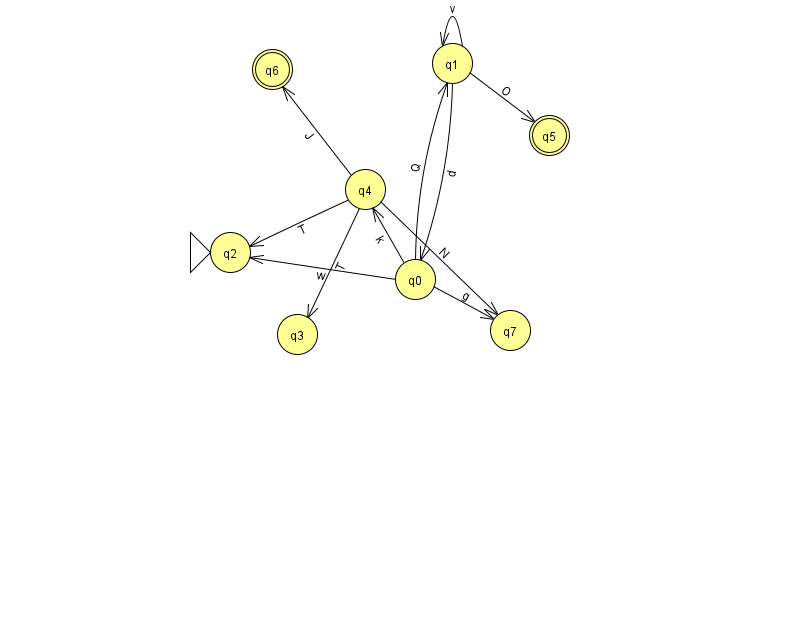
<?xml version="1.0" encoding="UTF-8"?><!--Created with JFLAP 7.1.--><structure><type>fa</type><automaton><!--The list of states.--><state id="0" name="q0"><x>415.0</x><y>266.0</y></state><state id="1" name="q1"><x>452.0</x><y>50.0</y></state><state id="2" name="q2"><x>230.0</x><y>239.0</y><initial/></state><state id="3" name="q3"><x>297.0</x><y>321.0</y></state><state id="4" name="q4"><x>365.0</x><y>176.0</y></state><state id="5" name="q5"><x>549.0</x><y>122.0</y><final/></state><state id="6" name="q6"><x>272.0</x><y>56.0</y><final/></state><state id="7" name="q7"><x>510.0</x><y>317.0</y></state><!--The list of transitions.--><transition><from>0</from><to>7</to><read>g</read></transition><transition><from>4</from><to>2</to><read>T</read></transition><transition><from>4</from><to>6</to><read>J</read></transition><transition><from>0</from><to>1</to><read>Q</read></transition><transition><from>0</from><to>2</to><read>w</read></transition><transition><from>1</from><to>1</to><read>v</read></transition><transition><from>1</from><to>0</to><read>d</read></transition><transition><from>4</from><to>3</to><read>T</read></transition><transition><from>0</from><to>4</to><read>k</read></transition><transition><from>4</from><to>7</to><read>N</read></transition><transition><from>1</from><to>5</to><read>O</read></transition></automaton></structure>